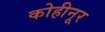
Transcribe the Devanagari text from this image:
कोहीनूर